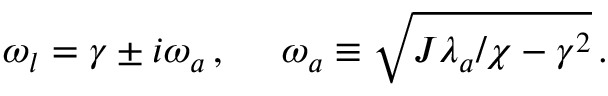
\omega _ { l } = \gamma \pm i \omega _ { a } \, , \; \; \; \; \; \omega _ { a } \equiv \sqrt { J \lambda _ { a } / \chi - \gamma ^ { 2 } } \, .